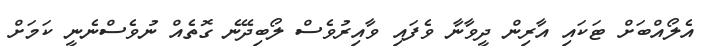
އެލޯއްބަށް ޓަކައި އާރިން ދީވާނާ ވެފައި ވާއިރުވެސް ލޯބިދޭނެ ގޮތެއް ނުވެސްނެނީ ކަމަށް